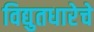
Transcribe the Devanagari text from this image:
विद्युतधारेचे